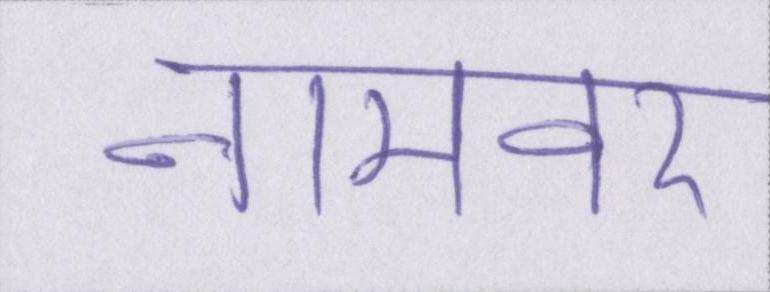
नामवर